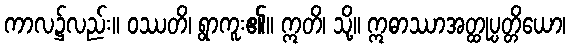
ကာလ၌လည်း။ ဝဿတိ၊ ရွာကူး၏။ ဣတိ၊ သို့။ ဣဓာဿာအတ္ထုပ္ပတ္တိယော၊